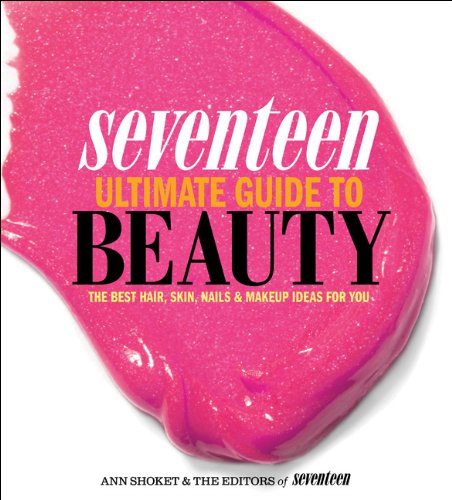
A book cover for Seventeen Ultimate Guide to Beauty: The Best Hair, Skin, Nails & Makeup Ideas For You; Ann Shoket; Crafts, Hobbies & Home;